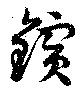
鑌